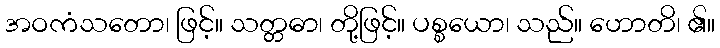
အဝကံသတော၊ ဖြင့်။ သတ္တဓာ၊ တို့ဖြင့်။ ပစ္စယော၊ သည်။ ဟောတိ၊ ၏။